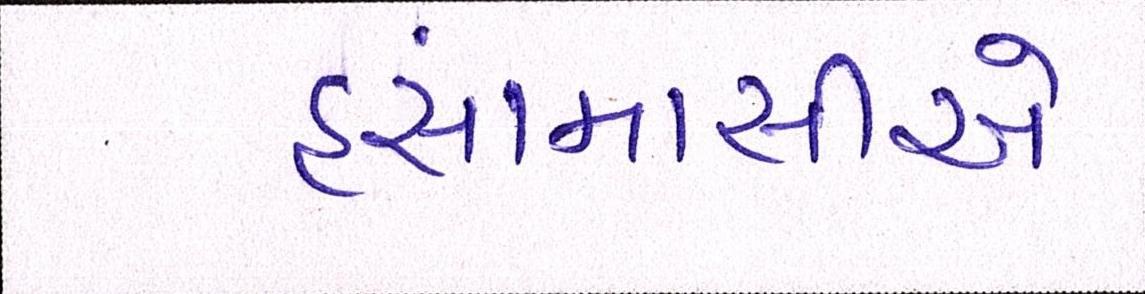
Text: હંસામાસીએ